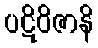
ပဋိဝိဇာနိ